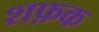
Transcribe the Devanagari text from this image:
शफ़क